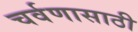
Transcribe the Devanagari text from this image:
चर्वणासाठी